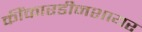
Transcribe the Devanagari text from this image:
कींकारडीनशायर